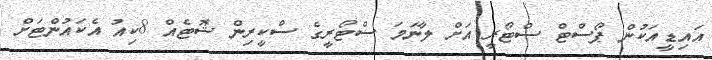
އައިޑީއަކުން ޕޯސްޓް ސްޓޯރީ އަށް ލާނަމަ ސްޓޯރީގެ ސްކީރިން ޝޮޓެއް 8ކިއު އެކައުންޓަށް